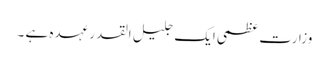
وزارت عظمی ایک جلیل القدر عہدہ ہے ۔